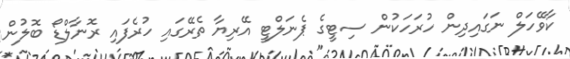
ކާވޭހަލް ނަގައިދިން ހުރަހަކުން ސިޓީގެ ޕެނަލްޓީ އޭރިޔާ ތެރޭގައި ހުރެފައި ރޮނާލްޑޯ ބޮލުން